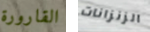
القارورة الزنزانات